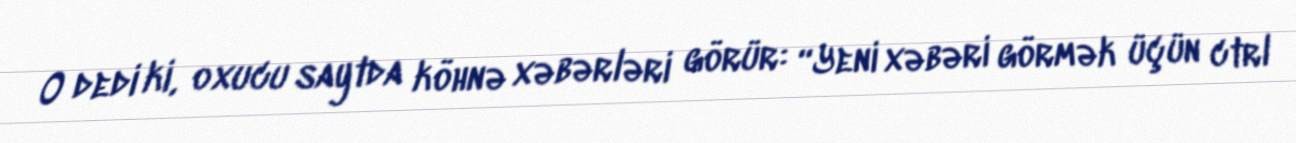
O dedi ki, oxucu saytda köhnə xəbərləri görür: “Yeni xəbəri görmək üçün ctrl